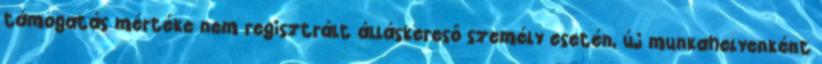
támogatás mértéke nem regisztrált álláskereső személy esetén, új munkahelyenként